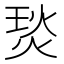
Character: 𤊇